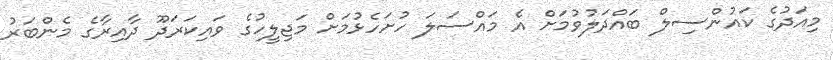
މިއަދުގެ ކައުންސިލް ބައްދަލުވުމަށް އެ މައްސަލަ ހުށަހެޅުމަށް މަޖިލީހުގެ ވައިކަރަދޫ ދާއިރާގެ މެންބަރު